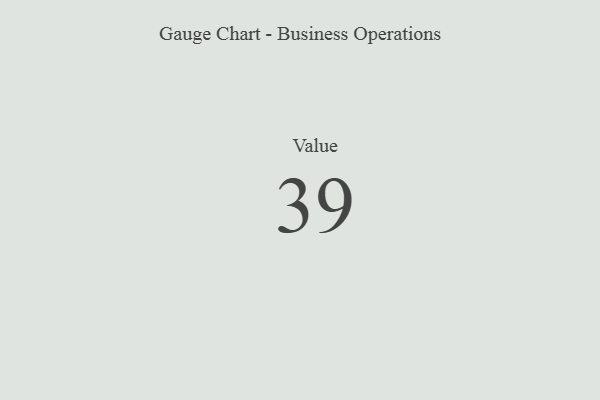
{"axis": {"x": "Metric", "y": "Value"}, "legend": [""], "data": [{"x": "Value", "y": 39, "type": ""}]}